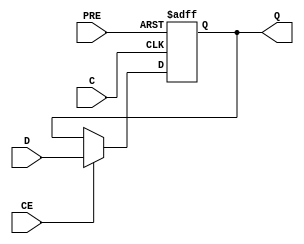
// This program was cloned from: https://github.com/buncram/cram-soc
// License: CERN Open Hardware Licence Version 2 - Weakly Reciprocal

module FDPE #(
  parameter [0:0] INIT = 1'b1,
  parameter [0:0] IS_C_INVERTED = 1'b0,
  parameter [0:0] IS_D_INVERTED = 1'b0,
  parameter [0:0] IS_PRE_INVERTED = 1'b0
)(
  output Q,

  input C,
  input CE,
  input D,
  input PRE
);

`ifdef FPGA_TARGET
    reg [0:0] IS_C_INVERTED_REG = IS_C_INVERTED;
    reg [0:0] IS_D_INVERTED_REG = IS_D_INVERTED;
    reg [0:0] IS_PRE_INVERTED_REG = IS_PRE_INVERTED;

    tri0 glblGSR = glbl.GSR;


    wire PRE_in;

    assign PRE_in = (PRE ^ IS_PRE_INVERTED_REG) && (PRE !== 1'bz);

// begin behavioral model

  reg Q_out;

  assign #100 Q = Q_out;

    always @(glblGSR or PRE_in)
      if (glblGSR) 
        assign Q_out = INIT;
      else if (PRE_in === 1'b1) 
        assign Q_out = 1'b1;
      else if (PRE_in === 1'bx) 
        assign Q_out = 1'bx;
      else
        deassign Q_out;

generate
if (IS_C_INVERTED == 1'b0) begin : generate_block1
  always @(posedge C or posedge PRE_in)
    if (PRE_in || (PRE === 1'bx && Q_out == 1'b1))
      Q_out <= 1'b1;
    else if (CE || (CE === 1'bz) || ((CE === 1'bx) && (Q_out == (D ^ IS_D_INVERTED_REG))))
      Q_out <= D ^ IS_D_INVERTED_REG;
end else begin : generate_block1
  always @(negedge C or posedge PRE_in)
    if (PRE_in || (PRE === 1'bx && Q_out == 1'b1))
      Q_out <= 1'b1;
    else if (CE || (CE === 1'bz) || ((CE === 1'bx) && (Q_out == (D ^ IS_D_INVERTED_REG))))
      Q_out <= D ^ IS_D_INVERTED_REG;
end
endgenerate

`else
    reg state;
initial begin
    state = INIT;
end

always @(posedge C or posedge PRE) begin
    if (PRE)
        state <= 1'b1;
    else if (CE)
        state <= D;
    else
        state <= state;
end

assign Q = state;

`endif

endmodule